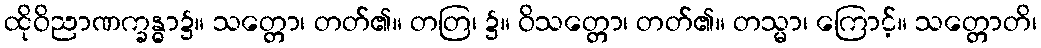
ထိုဝိညာဏက္ခန္ဓာ၌။ သတ္တော၊ တတ်၏။ တတြ၊ ၌။ ဝိသတ္တော၊ တတ်၏။ တသ္မာ၊ ကြောင့်။ သတ္တောတိ၊